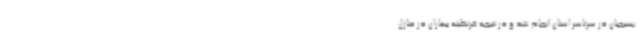
بسیجیان در سرتاسر استان انجام شد و در نتیجه قرنطینه بیماران در منازل